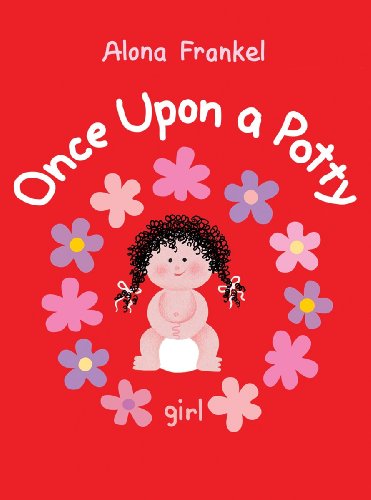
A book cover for Once Upon a Potty -- Girl; Alona Frankel; Parenting & Relationships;